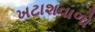
ખટાશવાળો